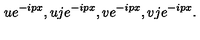
u e ^ { - i p x } , u j e ^ { - i p x } , v e ^ { - i p x } , v j e ^ { - i p x } .